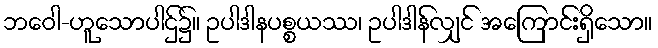
ဘဝေါ-ဟူသောပါဌ်၌။ ဥပါဒါနပစ္စယဿ၊ ဥပါဒါန်လျှင် အကြောင်းရှိသော။